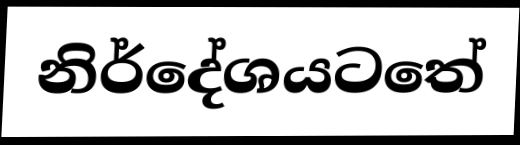
නිර්දේශයටතේ